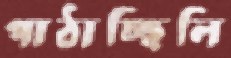
পাঠাচ্ছিলি